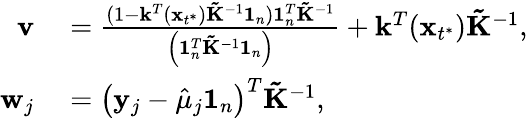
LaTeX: \begin{array}{rl}{\mathbf{v}}&{{}=\frac{(1-\mathbf k^{T}(\mathbf x_{t^{*}})\mathbf{\tilde{K}}^{-1}\mathbf 1_{n})\mathbf{1}_{n}^{T}{\mathbf{\tilde{K}}}^{-1}}{\left(\mathbf{1}_{n}^{T}{\mathbf{\tilde{K}}}^{-1}\mathbf{1}_{n}\right)}+\mathbf k^{T}(\mathbf x_{t^{*}})\mathbf{\tilde{K}}^{-1},}\\ {\mathbf{w}_{j}}&{{}=\left(\mathbf{y}_{j}-\hat{\mu}_{j}\mathbf{1}_{n}\right)^{T}\mathbf{\tilde{K}}^{-1},}\end{array}